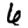
Digit: 6